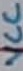
Text: VCC